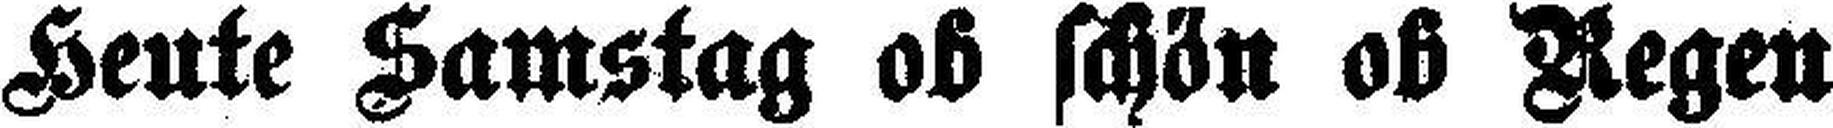
Heute Samstag ob schön ob Regen